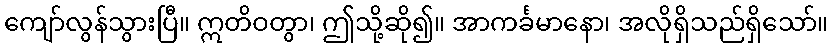
ကျော်လွန်သွားပြီ။ ဣတိဝတွာ၊ ဤသို့ဆို၍။ အာကင်္ခမာနော၊ အလိုရှိသည်ရှိသော်။